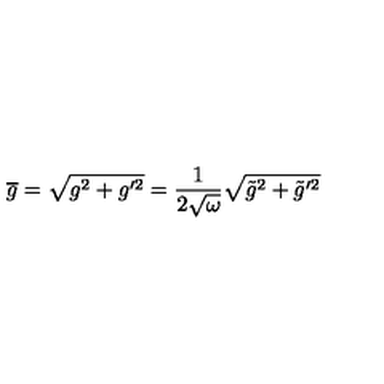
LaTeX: \overline { { g } } = \sqrt { g ^ { 2 } + g ^ { \prime 2 } } = \frac { 1 } { 2 \sqrt { \omega } } \sqrt { \tilde { g } ^ { 2 } + \tilde { g } ^ { \prime 2 } }